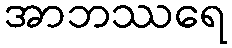
အာဘဿရေ